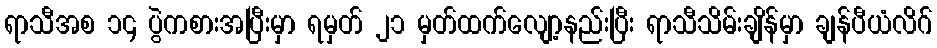
ရာသီအစ ၁၄ ပွဲကစားအပြီးမှာ ရမှတ် ၂၁ မှတ်ထက်လျော့နည်းပြီး ရာသီသိမ်းချိန်မှာ ချန်ပီယံလိဂ်